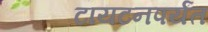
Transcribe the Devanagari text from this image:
टायटनपर्यंत